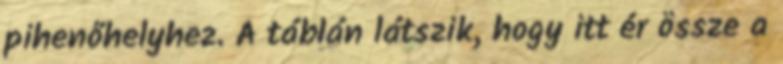
pihenőhelyhez. A táblán látszik, hogy itt ér össze a